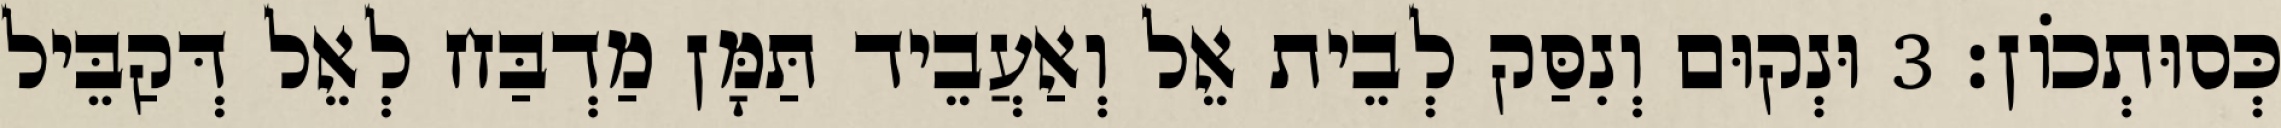
כְּסוּתְכוֹן׃ 3 וּנְקוּם וְנִסַּק לְבֵית אֵל וְאַעֲבֵיד תַּמָּן מַדְבַּח לְאֵל דְּקַבֵּיל